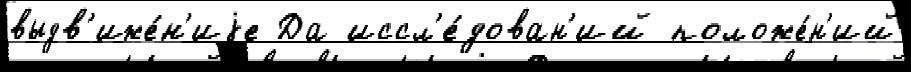
выдв'иже́н'иjе Да иссл'е́дован'ий положе́н'ий